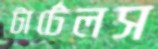
টার্টেলস